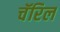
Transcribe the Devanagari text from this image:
चॅरिल